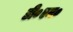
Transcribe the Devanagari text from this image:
डी०एम०